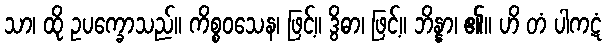
သာ၊ ထို ဥပက္ခောသည်။ ကိစ္စဝသေန၊ ဖြင့်။ ဒွိဓာ၊ ဖြင့်။ ဘိန္နာ၊ ၏။ ဟိ တံ ပါကဋံ